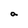
Character: a